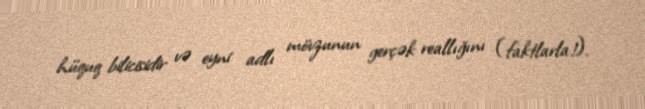
hüquq bilicisidir və eyni adlı mövzunun gerçək reallığını (faktlarla!).